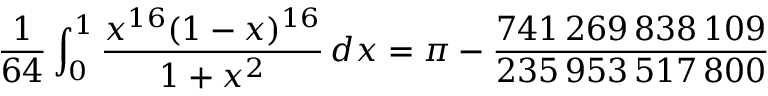
{ \frac { 1 } { 6 4 } } \int _ { 0 } ^ { 1 } { \frac { x ^ { 1 6 } ( 1 - x ) ^ { 1 6 } } { 1 + x ^ { 2 } } } \, d x = \pi - { \frac { 7 4 1 \, 2 6 9 \, 8 3 8 \, 1 0 9 } { 2 3 5 \, 9 5 3 \, 5 1 7 \, 8 0 0 } }